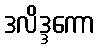
ဒလိဒ္ဒကော